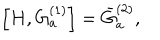
\left[ H , G _ { a } ^ { ( 1 ) } \right] = \bar { G } _ { a } ^ { ( 2 ) } ,